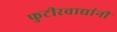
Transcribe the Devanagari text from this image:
फुटीरवाद्यांनी